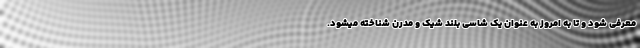
معرفی شود و تا به امروز به عنوان یک شاسی بلند شیک و مدرن شناخته میشود.